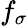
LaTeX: f_{\sigma}